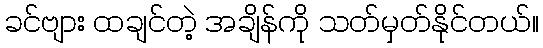
ခင်ဗျား ထချင်တဲ့ အချိန်ကို သတ်မှတ်နိုင်တယ်။